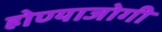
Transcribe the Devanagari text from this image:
होण्याजोगी